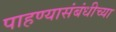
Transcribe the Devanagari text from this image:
पाहण्यासंबंधीच्या